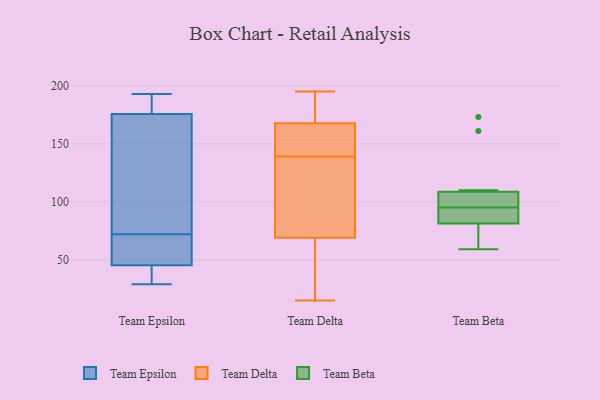
{"axis": {"x": "Market Share (%)", "y": "Value"}, "legend": ["Team Beta", "Team Delta", "Team Epsilon"], "data": [{"x": "", "y": 55, "type": "Team Epsilon"}, {"x": "", "y": 72, "type": "Team Epsilon"}, {"x": "", "y": 72, "type": "Team Epsilon"}, {"x": "", "y": 29, "type": "Team Epsilon"}, {"x": "", "y": 30, "type": "Team Epsilon"}, {"x": "", "y": 135, "type": "Team Epsilon"}, {"x": "", "y": 193, "type": "Team Epsilon"}, {"x": "", "y": 175, "type": "Team Epsilon"}, {"x": "", "y": 178, "type": "Team Epsilon"}, {"x": "", "y": 176, "type": "Team Epsilon"}, {"x": "", "y": 42, "type": "Team Epsilon"}, {"x": "", "y": 139, "type": "Team Delta"}, {"x": "", "y": 195, "type": "Team Delta"}, {"x": "", "y": 118, "type": "Team Delta"}, {"x": "", "y": 174, "type": "Team Delta"}, {"x": "", "y": 64, "type": "Team Delta"}, {"x": "", "y": 15, "type": "Team Delta"}, {"x": "", "y": 149, "type": "Team Delta"}, {"x": "", "y": 84, "type": "Team Delta"}, {"x": "", "y": 148, "type": "Team Delta"}, {"x": "", "y": 52, "type": "Team Delta"}, {"x": "", "y": 190, "type": "Team Delta"}, {"x": "", "y": 91, "type": "Team Beta"}, {"x": "", "y": 78, "type": "Team Beta"}, {"x": "", "y": 93, "type": "Team Beta"}, {"x": "", "y": 105, "type": "Team Beta"}, {"x": "", "y": 100, "type": "Team Beta"}, {"x": "", "y": 110, "type": "Team Beta"}, {"x": "", "y": 173, "type": "Team Beta"}, {"x": "", "y": 70, "type": "Team Beta"}, {"x": "", "y": 161, "type": "Team Beta"}, {"x": "", "y": 95, "type": "Team Beta"}, {"x": "", "y": 59, "type": "Team Beta"}]}